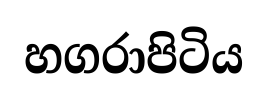
හගරාපිටිය